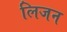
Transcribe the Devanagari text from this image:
लिजन